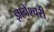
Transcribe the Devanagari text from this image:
ज्ञानेश्चरी